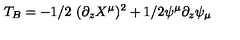
T _ { B } = - 1 / 2 \ ( \partial _ { z } X ^ { \mu } ) ^ { 2 } + 1 / 2 \psi ^ { \mu } \partial _ { z } \psi _ { \mu }